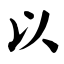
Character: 以